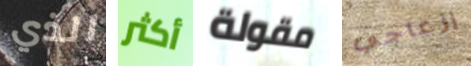
الذي أكثر مقولة إزعاجي